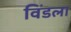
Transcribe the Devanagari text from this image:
विंडला